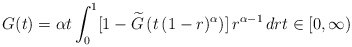
\begin{align*}G(t)=\alpha t\int_{0}^{1}[1-\widetilde{G}\left( t\,(1-r)^{\alpha}\right)]\,r^{\alpha-1}\,drt\in\lbrack0,\infty)\end{align*}